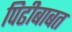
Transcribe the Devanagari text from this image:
पिढीबाबत